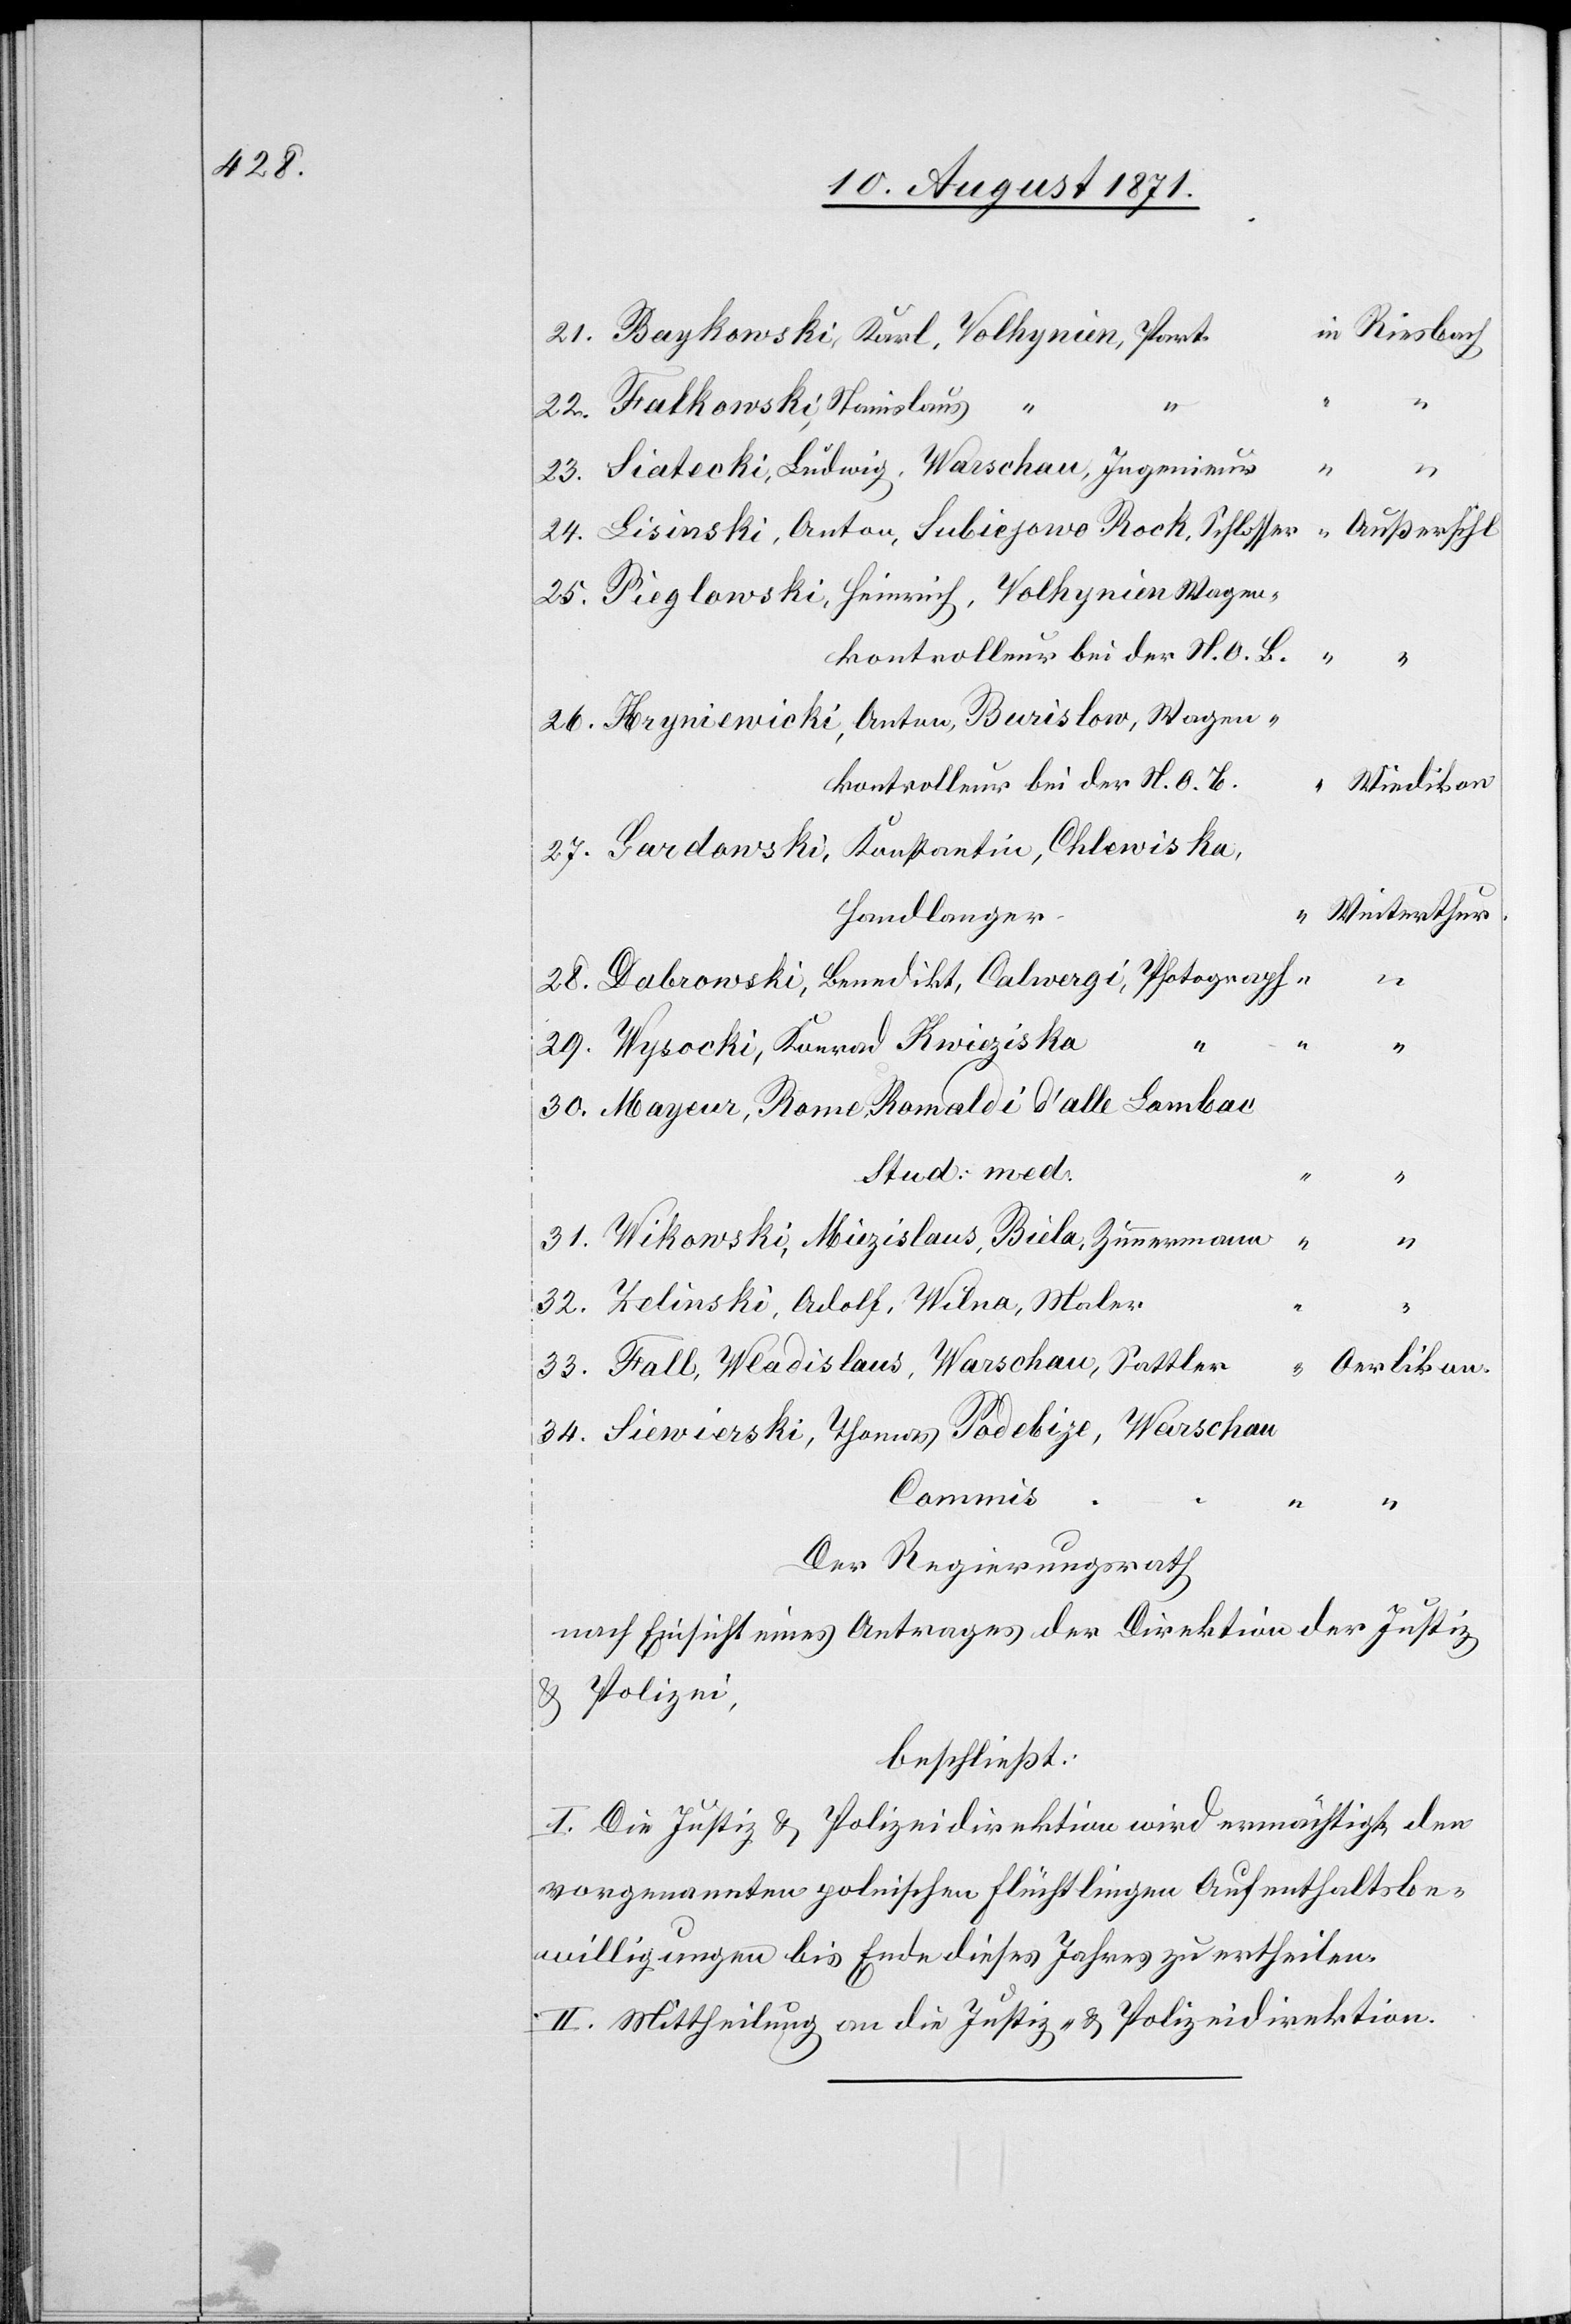
in Riesbach
21. Baykowski, Karl, Volkhynien, Part.
22. Falkowski, Stanislaus,
23. Siatecki, Ludwig, Warschau, Ingenieur
25. Pieglowski, Heinrich, Volkhynien-Magen,
Kontrolleur bei der N. O. B.
“
“
26. Hryniewicki, Anton, Borislow, Magen,
Kontrolleur bei der N. O. B.
Wiedikon
27. Gardawski, Konstantin, Chlowiska,
Winterthur
Handlanger
28. Dabrowski, Benedikt, Calergi, Photograph
29. Wysocki, Konrad, Kwiziska,
30. Mayeur, Rome, Romaldi d’alle Lamban,
31. Wikowski, Mizislaus, Bida, Zimmermann
“
32. Telinski, Adolf, Wilna, Maler
“
33. Fall, Wladislaus, Warschau, Sattler
Oerlikon.
34. Siewierski, Thanas Podelize, Warschau,
Commis
[in]
“ “
“ “
Der Regierungsrath
nach Einsicht eines Antrages der Direktion der Justiz
& Polizei
beschließt:
I. Die Justiz & Polizeidirektion wird ermächtigt den
vorgenannten polnischen Flüchtlingen Aufenthaltsbe¬
willigungen bis Ende dieses Jahres zu ertheilen.
II. Mittheilung an die Justiz- & Polizeidirektion.